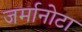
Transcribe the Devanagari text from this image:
जर्मानोटा